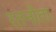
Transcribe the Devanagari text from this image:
रतनौता